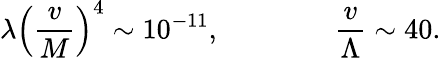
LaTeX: \lambda\left(\frac{v}{M}\right)^{4}\sim 10^{-11},\qquad\qquad\frac{v}{\Lambda}\sim 40.